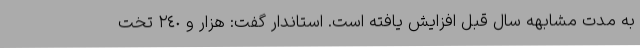
به مدت مشابهه سال قبل افزایش یافته است. استاندار گفت: هزار و ٢٤٠ تخت